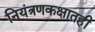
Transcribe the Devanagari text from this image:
नियंत्रणकक्षातही